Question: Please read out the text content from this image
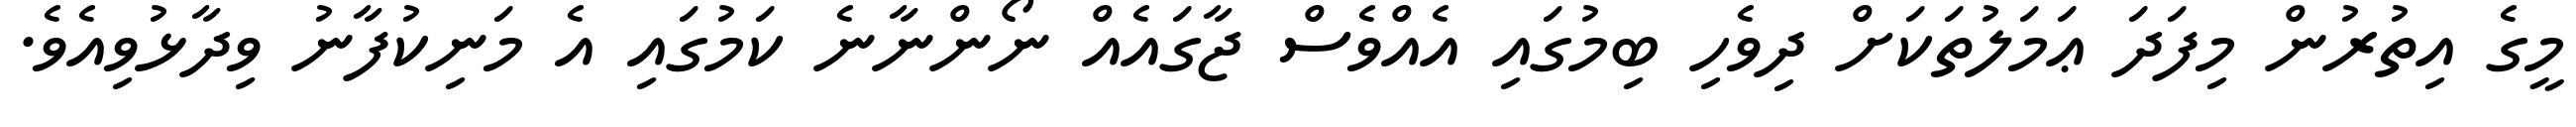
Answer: މީގެ އިތުރުން މިފަދަ ޢަމަލުތަކަށް ދިވެހި ބިމުގައި އެއްވެސް ޖާގައެއް ނޯންނާނެ ކަމުގައި އެ މަނިކުފާނު ވިދާޅުވިއެވެ.